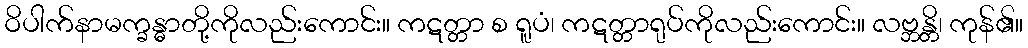
ဝိပါက်နာမက္ခန္ဓာတို့ကိုလည်းကောင်း။ ကဋတ္တာ စ ရူပံ၊ ကဋတ္တာရုပ်ကိုလည်းကောင်း။ လဗ္ဘန္တိ၊ ကုန်၏။